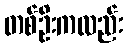
တစ်ဦးကလည်း